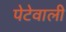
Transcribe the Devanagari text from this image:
पेटेवाली